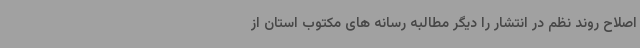
اصلاح روند نظم در انتشار را دیگر مطالبه رسانه های مکتوب استان از